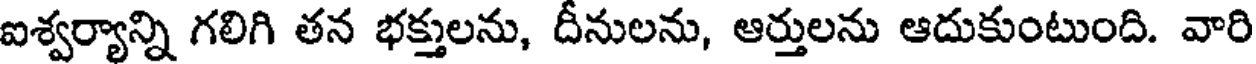
ఐశ్వర్యాన్ని గలిగి తన భక్తులను, దీనులను, ఆర్తులను ఆదుకుంటుంది. వారి